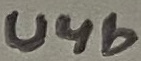
Text: U4b